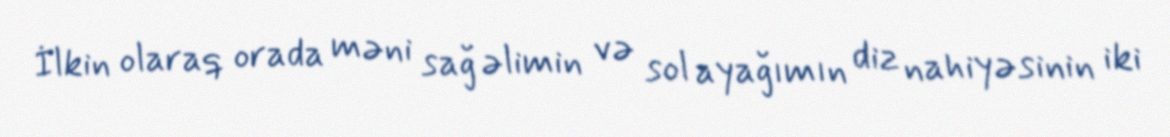
İlkin olaraq orada məni sağ əlimin və sol ayağımın diz nahiyəsinin iki